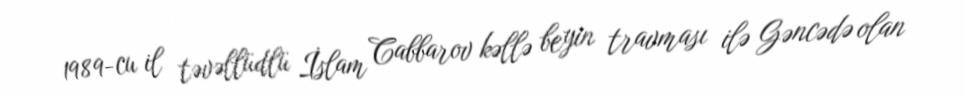
1989-cu il təvəllüdlü İslam Cabbarov kəllə beyin travması ilə Gəncədə olan